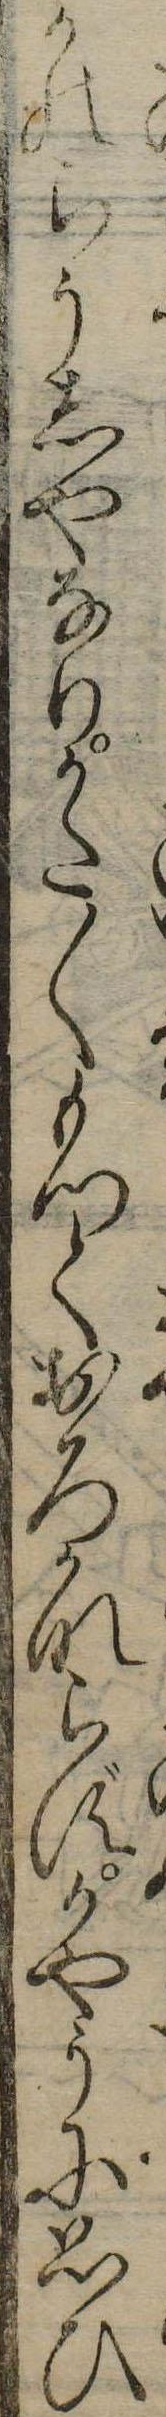
かのらうしやなりかた〱もつておろかならずかやうに思ひ